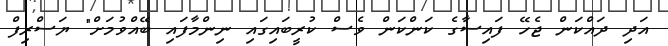
އަދި ދައްކަން ޖެހޭ ފައިސާގެ ކަންކަން ވެސް ކުރީބައިގައި ނިންމާފައި ބޭއްވުމަށް" ޔަސްރިފް